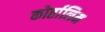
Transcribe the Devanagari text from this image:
कोर्तालिम